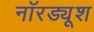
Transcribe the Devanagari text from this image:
नॉरड्यूश